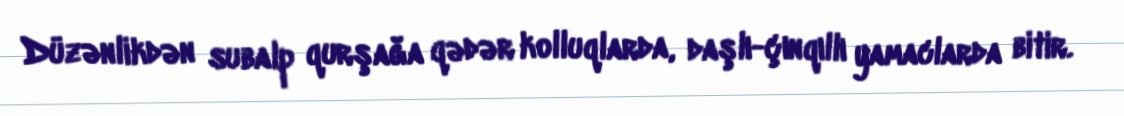
Düzənlikdən subalp qurşağa qədər kolluqlarda, daşlı-çınqıllı yamaclarda bitir.